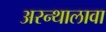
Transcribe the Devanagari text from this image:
अरन्थालावा